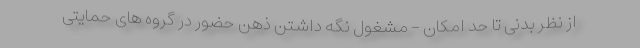
از نظر بدنی تا حد امکان - مشغول نگه داشتن ذهن حضور در گروه های حمایتی